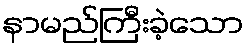
နာမည်ကြီးခဲ့သော